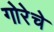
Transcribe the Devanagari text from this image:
गोरेचे